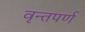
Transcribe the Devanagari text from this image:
वृन्तपर्ण